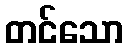
တင်သော